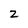
Character: 2